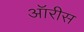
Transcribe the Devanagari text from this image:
ऑरीस